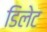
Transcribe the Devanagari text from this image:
डिलेट